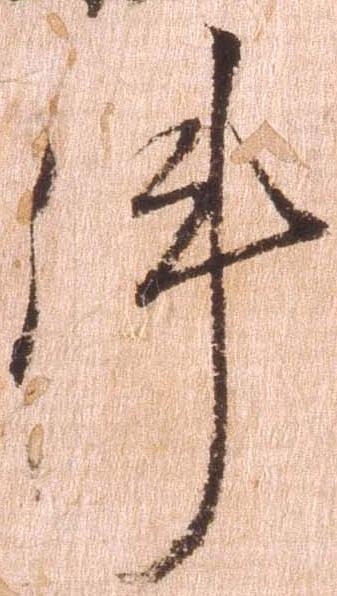
件